Report on vaccination in Madras 1904-1921 - 1904-1921
Year: 1904
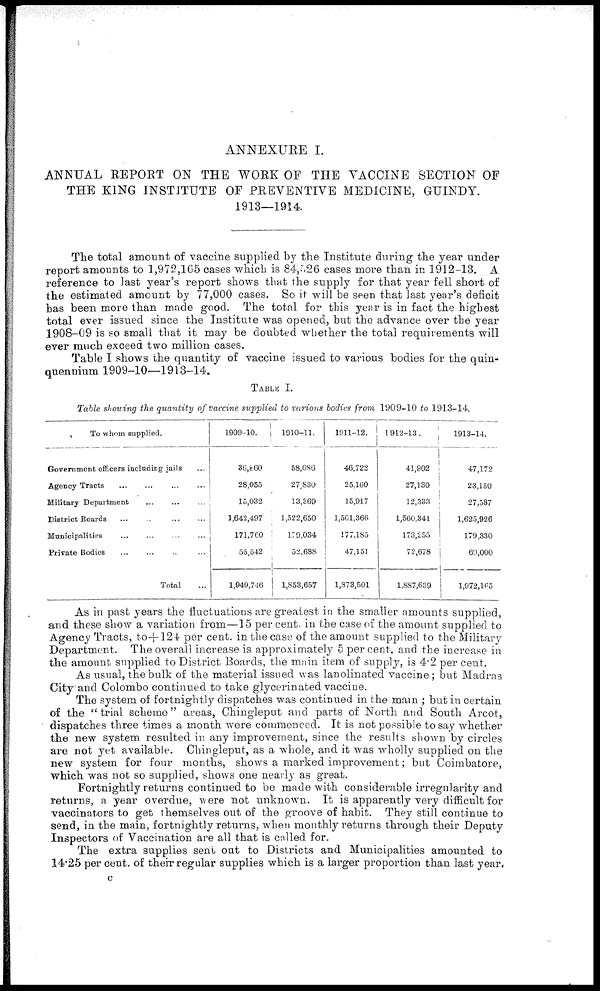
ANNEXURE I.
ANNUAL REPORT ON THE WORK OF THE VACCINE SECTION OF
THE KING INSTITUTE OF PREVENTIVE MEDICINE, GUINDY.
1913—1914.
The total amount of vaccine supplied by the Institute during the year under
report amounts to 1,972,165 cases which is 84,526 cases more than in 1912-13. A
reference to last year's report shows that the supply for that year fell short of
the estimated amount by 77,000 cases. So it will be seen that last year's deficit
has been more than made good. The total for this year is in fact the highest
total ever issued since the Institute was opened, but the advance over the year
1908-09 is so small that it may be doubted whether the total requirements will
ever much exceed two million cases.
Table I shows the quantity of vaccine issued to various bodies for the quin-
quennium 1909-10—1913—14.
TABLE I.
Table showing the quantity of vaccine supplied to various bodies from 1909-10 to 1913-14.
To whom supplied.
Government officers including jails ...
Agency Tracts ... ... ... ...
Military Department ... ... ...
District Boards ... ... ...
Municipalities ... ... ...
Private Bodies ... ... ...
Total ...
1909-10.
36,860
28,055
15,032
1,642,497
171,760
55,542
1,949,746
1910-11.
58,086
27,830
13,369
1,522,650
179,034
52,688
1,853,657
1911-12.
46,722
25,160
15,917
1,561,366
177,185
47,151
1,873,501
1912-13.
41,902
27,130
12,333
1,560,341
173,255
72,678
1,887,639
1913-14.
47,172
23,150
27,587
1,625,926
179,330
69,000
1,972,165
As in past years the fluctuations are greatest in the smaller amounts supplied,
and these show a variation from—15 per cent. in the case of the amount supplied to
Agency Tracts, to +124 per cent. in the case of the amount supplied to the Military
Department. The overall increase is approximately 5 per cent. and the increase in
the amount supplied to District Boards, the main item of supply, is 4.2 per cent.
As usual, the bulk of the material issued was lanolinated vaccine; but Madras
City and Colombo continued to take glycerinated vaccine.
The system of fortnightly dispatches was continued in the main ; but in certain
of the "trial scheme" areas, Chingleput and parts of North and South Arcot,
dispatches three times a month were commenced. It is not possible to say whether
the new system resulted in any improvement, since the results shown by circles
are not yet available. Chingleput, as a whole, and it was wholly supplied on the
new system for four months, shows a marked improvement ; but Coimbatore,
which was not so supplied, shows one nearly as great.
Fortnightly returns continued to be made with considerable irregularity and
returns, a year overdue, were not unknown. It is apparently very difficult for
vaccinators to get themselves out of the groove of habit. They still continue to
send, in the main, fortnightly returns, when monthly returns through their Deputy
Inspectors of Vaccination are all that is called for.
The extra supplies sent out to Districts and Municipalities amounted to
14.25 per cent. of their regular supplies which is a larger proportion than last year.
c